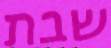
שבת